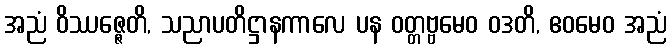
အညံ ဝိဿဇ္ဇေတိ, သညာပတိဋ္ဌာနကာလေ ပန ဝတ္တဗ္ဗမေဝ ဝဒတိ, ဧဝမေဝ အညံ